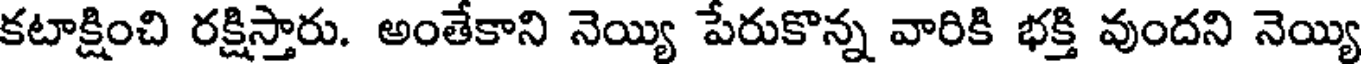
కటాక్షించి రక్షిస్తారు. అంతేకాని నెయ్యి పేరుకొన్న వారికి భక్తి వుందని నెయ్యి